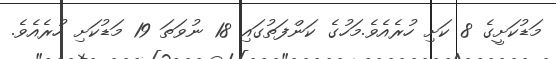
މަޑުކަށީގެ 8 ކަށި ހުރެއެވެ.މަހުގެ ކަންފަތުގައި 18 ނުވަތަ 19 މަޑުކަށި ހުރެއެވެ.